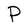
Character: P